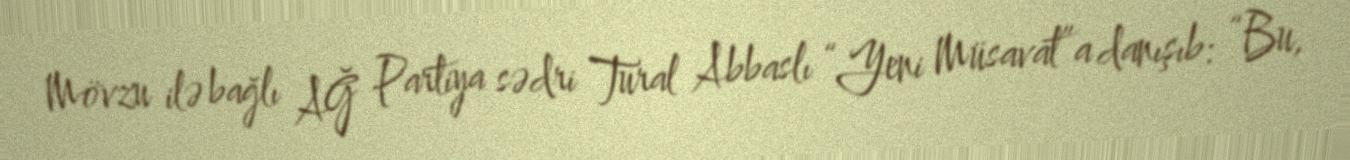
Mövzu ilə bağlı AĞ Partiya sədri Tural Abbaslı “Yeni Müsavat”a danışıb: “Bu,